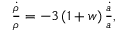
\begin{array} { r } { \frac { \dot { \rho } } { \rho } = - 3 \left( 1 + w \right) \frac { \dot { a } } { a } , } \end{array}